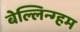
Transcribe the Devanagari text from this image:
बेल्लिन्ग्हम